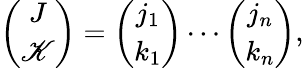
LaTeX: {\binom{J}{\mathscr{K}}}={\binom{j_{1}}{k_{1}}}\cdots{\binom{j_{n}}{k_{n}}},